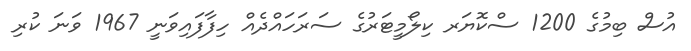
އުސް ބިމުގެ 1200 ސްކޮޔަރ ކިލޯމީޓަރުގެ ސަރަހައްދެއް ހިފާފައިވަނީ 1967 ވަނަ ކުރި